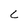
Character: c